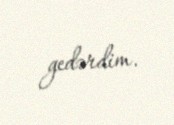
gedərdim.